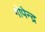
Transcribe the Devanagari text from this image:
गोपेन्द्र